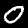
Label: 0